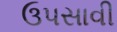
ઉપસાવી